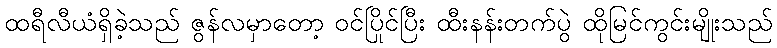
ထရီလီယံရှိခဲ့သည် ဇွန်လမှာတော့ ဝင်ပြိုင်ပြီး ထီးနန်းတက်ပွဲ ထိုမြင်ကွင်းမျိုးသည်